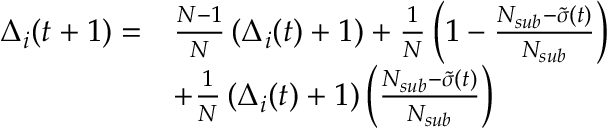
\begin{array} { r l } { \Delta _ { i } ( t + 1 ) = } & { \frac { N - 1 } { N } \left( \Delta _ { i } ( t ) + 1 \right) + \frac { 1 } { N } \left( 1 - \frac { N _ { s u b } - \tilde { \sigma } ( t ) } { N _ { s u b } } \right) } \\ & { + \frac { 1 } { N } \left( \Delta _ { i } ( t ) + 1 \right) \left( \frac { N _ { s u b } - \tilde { \sigma } ( t ) } { N _ { s u b } } \right) } \end{array}